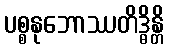
ပစ္စနုဘောဿတိဒ္ဓိန္တိ